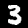
Label: 3